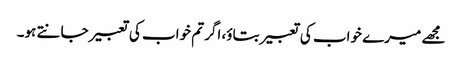
مجھے میرے خواب کی تعبیر بتاؤ، اگر تم خواب کی تعبیر جانتے ہو۔